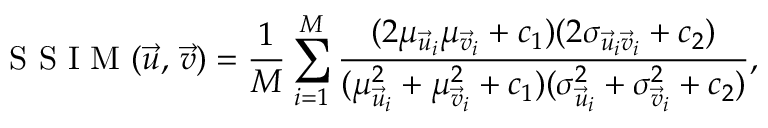
\mathrm { ~ S ~ S ~ I ~ M ~ } ( \vec { u } , \, \vec { v } ) = \frac { 1 } { M } \sum _ { i = 1 } ^ { M } \frac { ( 2 \mu _ { \vec { u } _ { i } } \mu _ { \vec { v } _ { i } } + c _ { 1 } ) ( 2 \sigma _ { \vec { u } _ { i } \vec { v } _ { i } } + c _ { 2 } ) } { ( { \mu _ { \vec { u } _ { i } } ^ { 2 } } + { \mu _ { \vec { v } _ { i } } ^ { 2 } } + c _ { 1 } ) ( { \sigma _ { \vec { u } _ { i } } ^ { 2 } } + { \sigma _ { \vec { v } _ { i } } ^ { 2 } } + c _ { 2 } ) } ,